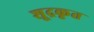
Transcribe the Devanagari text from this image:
शूद्रकृत